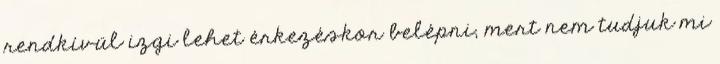
rendkívül izgi lehet érkezéskor belépni, mert nem tudjuk mi